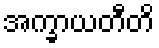
အက္ခာယတီတိ